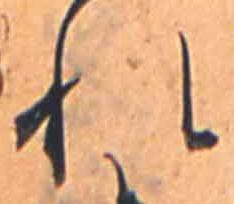
れ